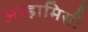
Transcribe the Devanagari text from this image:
अल्हामिसी